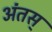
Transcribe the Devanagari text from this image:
अंतस्‌